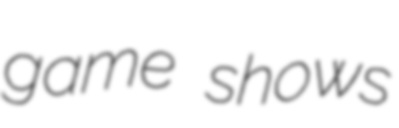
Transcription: game shows